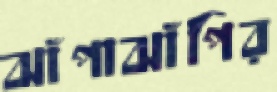
ঝাঁপাঝাঁপির